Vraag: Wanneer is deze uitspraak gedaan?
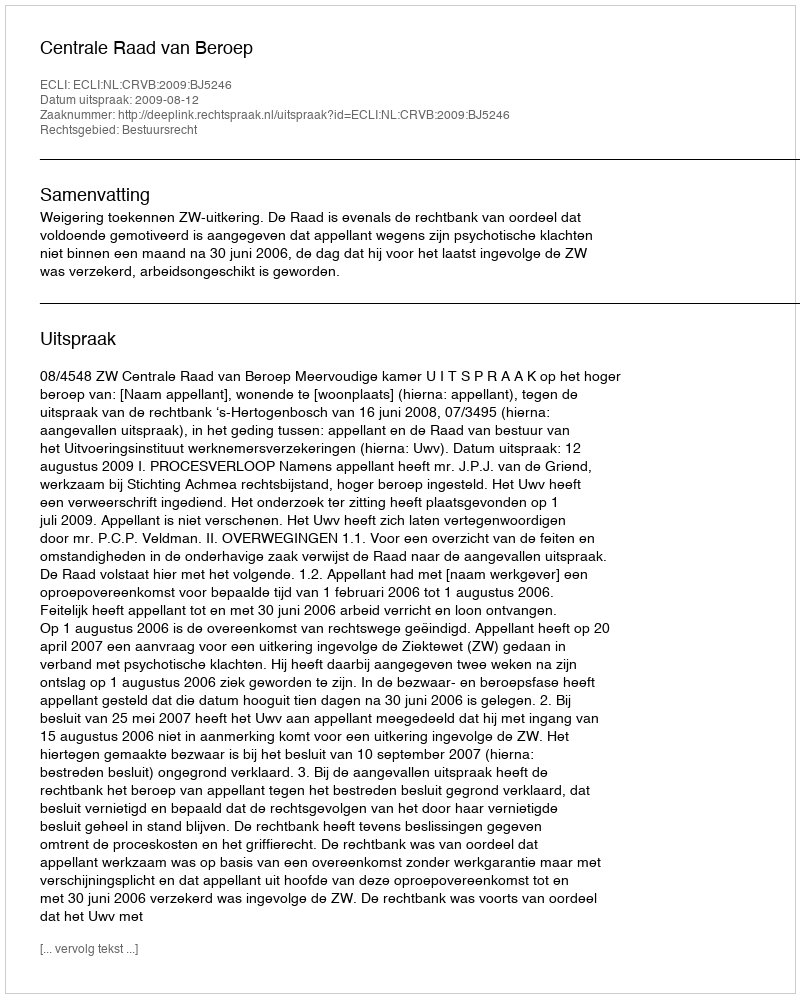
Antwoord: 2009-08-12